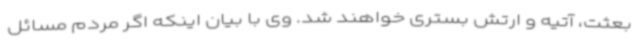
بعثت، آتیه و ارتش بستری خواهند شد. وی با بیان اینکه اگر مردم مسائل